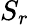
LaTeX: S_{r}